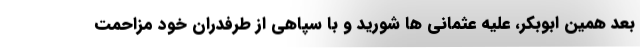
بعد همین ابوبکر، علیه عثمانی ها شورید و با سپاهی از طرفدران خود مزاحمت